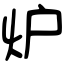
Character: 炉